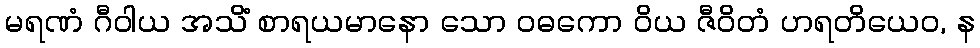
မရဏံ ဂီဝါယ အသိံ စာရယမာနော သော ဝဓကော ဝိယ ဇီဝိတံ ဟရတိယေဝ, န